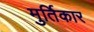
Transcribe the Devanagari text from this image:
मुर्तिकार